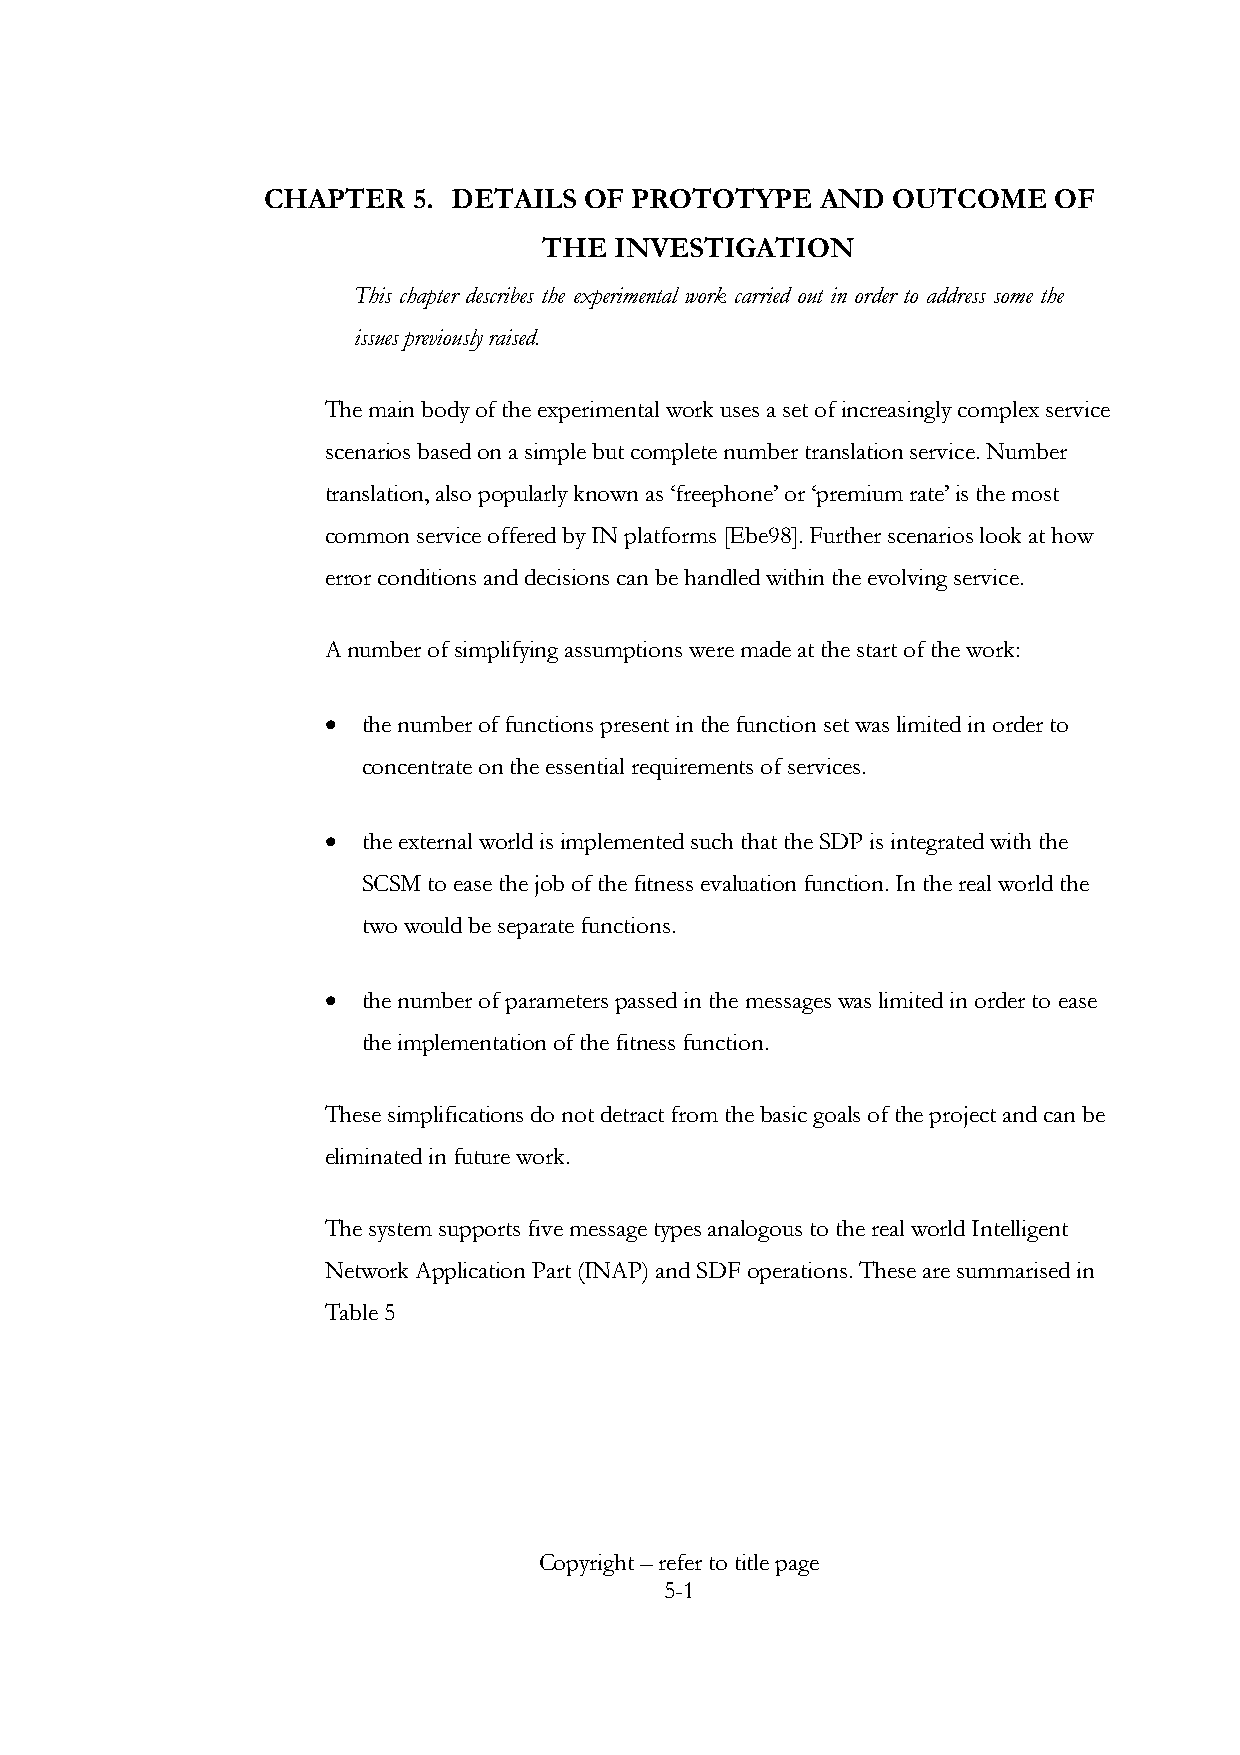
CHAPTER   5. DETAILS  OF PROTOTYPE   AND  OUTCOME    OF
 THE  INVESTIGATION
 This chapter describes the experimental work carried out in order to address some the
 issues previously raised.
 The main body of the experimental work uses a set of increasingly complex service
 scenarios based on a simple but complete number translation service. Number
 translation, also popularly known as ‘freephone’ or ‘premium rate’ is the most
 common service offered by IN platforms [Ebe98]. Further scenarios look at how
 error conditions and decisions can be handled within the evolving service.
 A number of simplifying assumptions were made at the start of the work:
 •  the number of functions present in the function set was limited in order to
 concentrate on the essential requirements of services.
 •  the external world is implemented such that the SDP is integrated with the
 SCSM to ease the job of the fitness evaluation function. In the real world the
 two would be separate functions.
 •  the number of parameters passed in the messages was limited in order to ease
 the implementation of the fitness function.
 These simplifications do not detract from the basic goals of the project and can be
 eliminated in future work.
 The system supports five message types analogous to the real world Intelligent
 Network Application Part (INAP) and SDF operations. These are summarised in
 Table 5
 Copyright – refer to title page
 5-1